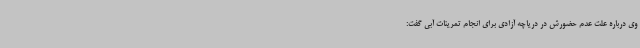
وی درباره علت عدم حضورش در دریاچه آزادی برای انجام تمرینات آبی گفت: